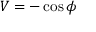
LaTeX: V = - \cos \phi